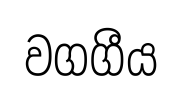
වගගීය